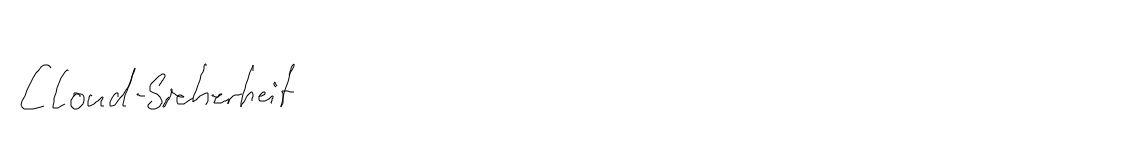
Cloud-Sicherheit